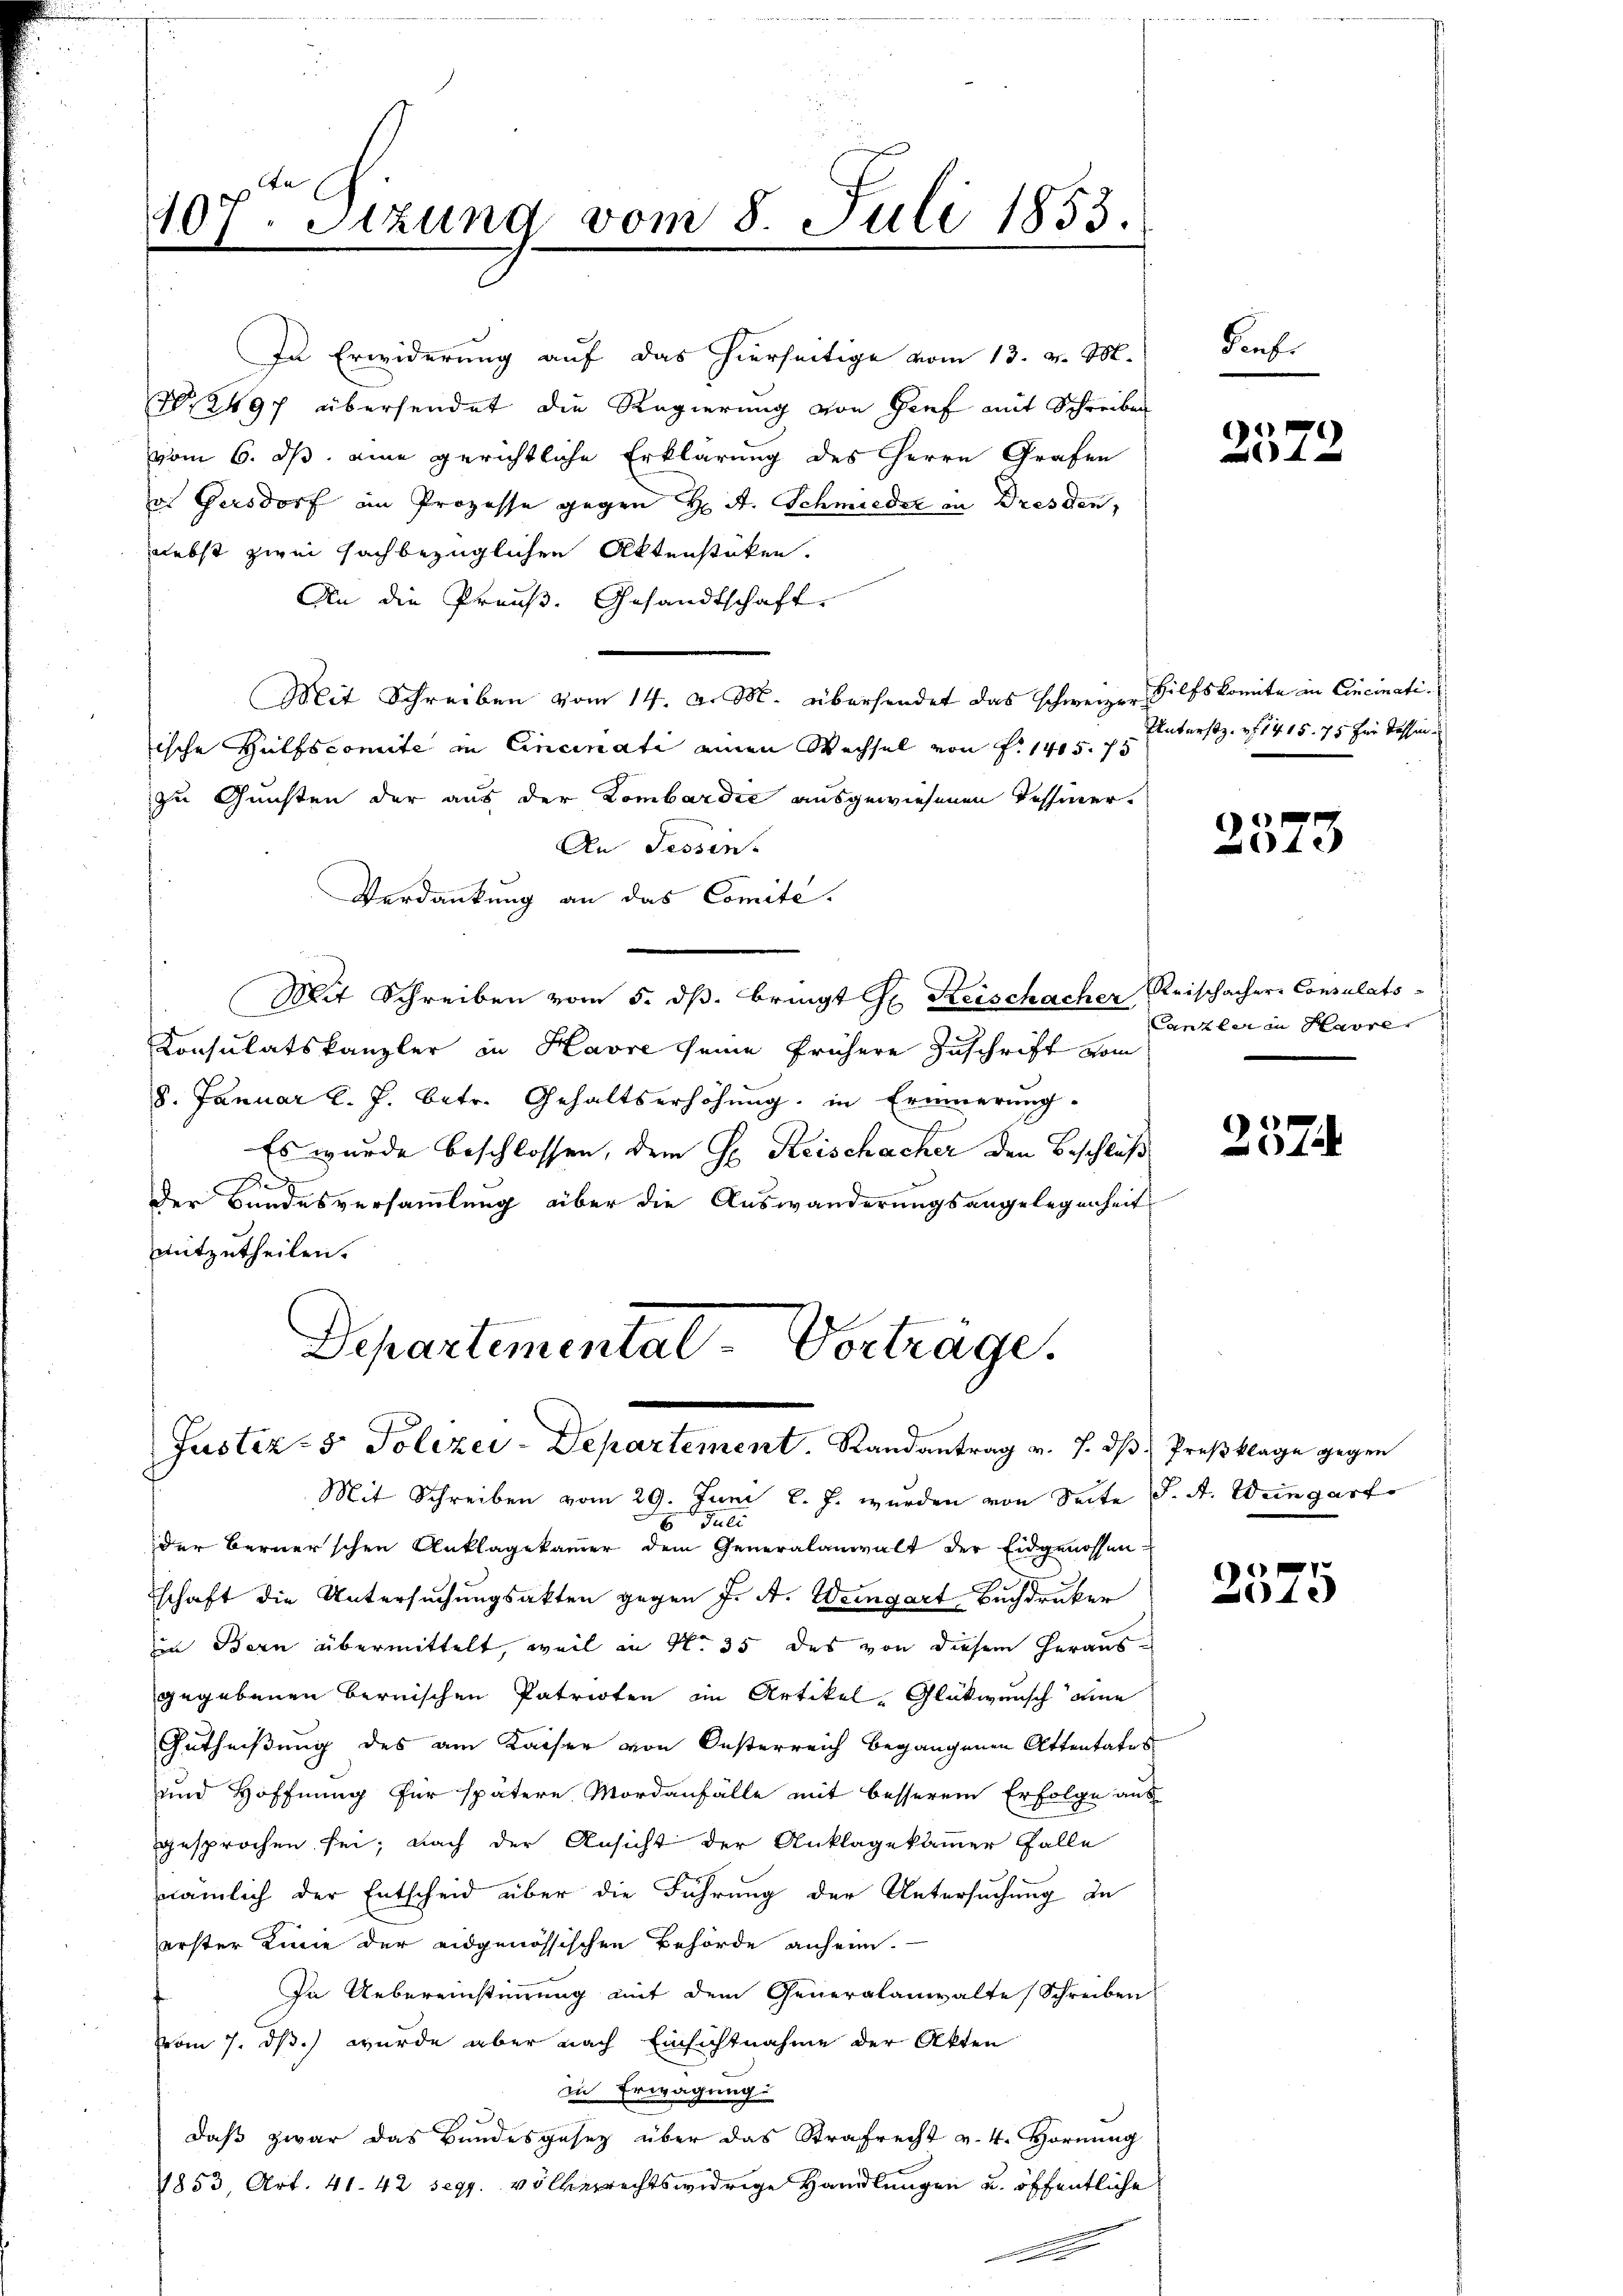
In Erwiderung auf das hierseitige vom 13. v. M.
2497 übersendet die Regierung von Gief mit Schreiben
vom 6. ds. eine gerichtliche Erklärung des Herrn Grafen
in Gersdorf am Prozesse gegen H. A. Schmieder in Dresden,
nebst zwei sachbezüglichen Aktenstüken.
An die Preuß. Gesandtschaft.
Mit Schreiben vom 14. d. M. übersendet das schweizer Hilfskomite in Cincinatiische Hülfscomite in Cincinati einen Wechsel von P. 1405. 75
zu Gunsten der aus der Lombardić ausgewiesenen Tessiner-
An Sessen.
Verdankung an das Comite.
Mit Schreiben vom 5. dß. bringt Hr. Reischacher Reischacher Consulats¬
Konsulatskanzler in Havre seine frühere Zuschrift vom
8. Januar l. J. betr. Gehaltserhöhung, in Erinnerung.
Es wurde beschlossen, dem Hr. Reischacher den Beschluß
x
Der Bundesversammlung aber die Auswanderungsangelegenheit
mitzutheilen.

107. Sitzung vom 8. Juli 1853.

Departemental-Verträge.
Justiz- & Polizei-Departement, Randantrag v. J. dβ Preßklage gegen

Mit Schreiben vom 29. Juni l. J. wurden von Seite J. A. Weingart
Juli
der Berner’schen Anklagekammer dem Generalanwalt der Eidgenossen-
schaft die Untersuchungsakten gegen J. A. Weingart Buchdruker
in Bern übermittelt, weil in No. 35 des von diesem herausgegebenen Bernischen Patrioten im Artikel Glückwunsch ohne
Gutheißung des am Kaiser von Oesterreich begangenen Attentater
und Hoffnung für spätere Mordanfälle mit besserem Erfolge aus
gesprochen sei; nach der Ansicht der Anklagekammer Falle
nämlich der Entscheid über die Führung der Untersuchung de
erster Linie der eidgenössischen Behörde anheim.
In Uebereinstimmung mit dem Generalanwalte Schreiben
vom 7. ds. wurde aber nach Einsichtnahme der Akten
in Erwägung
daß zwar das Bundesgesetz über das Strafrecht v. 4. Hornung
1853, Art. 41. 42 segg. völkerrechtswidrige Handlungen u. öffentliche

denhe

2572

Unterstz. v. 1415. 75 für Tessin

G
4x

Canzlei in Havre

257

1
x